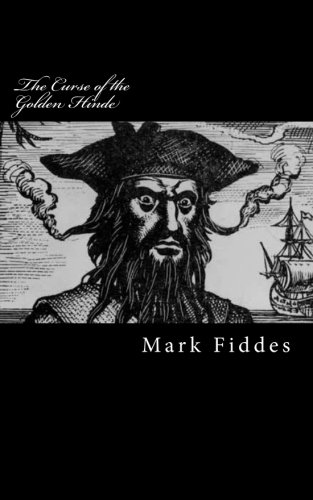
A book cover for The Curse of the Golden Hinde: Kidnapped by 18th Century Pirates, how would you survive?; Mark Fiddes; Teen & Young Adult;